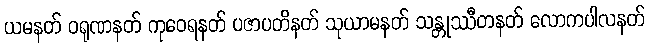
ယမနတ် ဝရုဏနတ် ကုဝေရနတ် ပဇာပတိနတ် သုယာမနတ် သန္တုဿီတနတ် လောကပါလနတ်